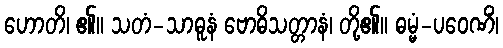
ဟောတိ၊ ၏။ သတံ-သာဓူနံ ဗောဓိသတ္တာနံ၊ တို့၏။ ဓမ္မံ-ပဝေဏိံ၊